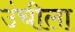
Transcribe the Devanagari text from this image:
उंचीला